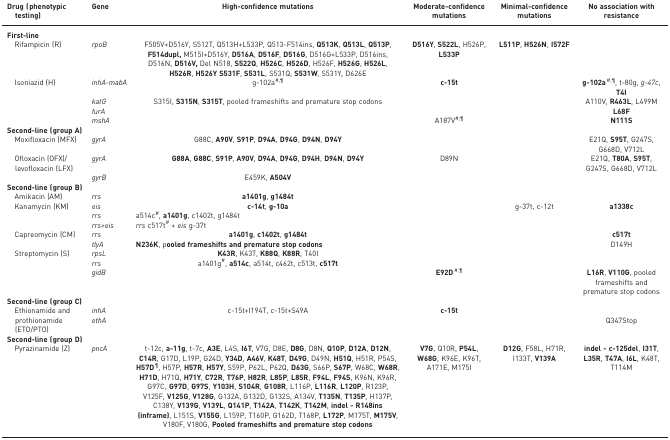
<table><thead><tr><td><b>Drug (phenotypic testing)</b></td><td><b>Gene</b></td><td><b>High-confidence mutations</b></td><td><b>Moderate-confidence mutations</b></td><td><b>Minimal-confidence mutations</b></td><td><b>No association with resistance</b></td></tr></thead><tbody><tr><td><b>First-line</b></td><td><i> </i></td><td></td><td></td><td></td><td></td></tr><tr><td> Rifampicin (R)</td><td><i>rpoB</i></td><td>F505V+D516Y, S512T, Q513H+L533P, Q513-F514ins, <b>Q513K</b>, <b>Q513L</b>, <b>Q513P</b>, <b>F514dupl,</b> M515I+D516Y, <b>D516A</b>, <b>D516F</b>, <b>D516G</b>, D516G+L533P, D516ins, D516N, <b>D516V,</b> Del N518, <b>S522Q</b>, <b>H526C</b>, <b>H526D</b>, H526F, <b>H526G</b>, <b>H526L</b>, <b>H526R</b>, <b>H526Y S531F</b>, <b>S531L</b>, S531Q, <b>S531W</b>, S531Y, D626E</td><td><b>D516Y</b>, <b>S522L</b>, H526P, <b>L533P</b></td><td><b>L511P</b>, <b>H526N</b>, <b>I572F</b></td><td></td></tr><tr><td> Isoniazid (H)</td><td><i>inhA-mabA</i></td><td>g-102a<sup>#,¶</sup></td><td><b>c-15t</b></td><td></td><td><b>g-102a</b><sup>#,¶</sup>, t-80g, <i>g-47c</i>, <b>T4I</b></td></tr><tr><td></td><td><i>katG</i></td><td>S315I, <b>S315N</b>, <b>S315T</b>, pooled frameshifts and premature stop codons</td><td></td><td></td><td>A110V, <b>R463L</b>, L499M</td></tr><tr><td></td><td><i>furA</i></td><td></td><td></td><td></td><td><b>L68F</b></td></tr><tr><td></td><td><i>mshA</i></td><td></td><td>A187V<sup>#,¶</sup></td><td></td><td><b>N111S</b></td></tr><tr><td><b>Second-line (group A)</b></td><td><i> </i></td><td></td><td></td><td></td><td></td></tr><tr><td> Moxifloxacin (MFX)</td><td><i>gyrA</i></td><td>G88C, <b>A90V</b>, <b>S91P</b>, <b>D94A</b>, <b>D94G</b>, <b>D94N</b>, <b>D94Y</b></td><td></td><td></td><td>E21Q, <b>S95T</b>, G247S, G668D, V712L</td></tr><tr><td rowspan="2"> Ofloxacin (OFX)/levofloxacin (LFX)</td><td><i>gyrA</i></td><td><b>G88A</b>, <b>G88C</b>, <b>S91P</b>, <b>A90V</b>, <b>D94A</b>, <b>D94G</b>, <b>D94H</b>, <b>D94N</b>, <b>D94Y</b></td><td>D89N</td><td></td><td>E21Q, <b>T80A</b>, <b>S95T</b>, G247S, G668D, V712L</td></tr><tr><td><i>gyrB</i></td><td>E459K, <b>A504V</b></td><td></td><td></td><td></td></tr><tr><td><b>Second-line (group B)</b></td><td><i> </i></td><td></td><td></td><td></td><td></td></tr><tr><td> Amikacin (AM)</td><td><i>rrs</i></td><td><b>a1401g</b>, <b>g1484t</b></td><td></td><td></td><td></td></tr><tr><td rowspan="3"> Kanamycin (KM)</td><td><i>eis</i></td><td><b>c-14t</b>, <b>g-10a</b></td><td></td><td>g-37t, c-12t</td><td><b>a1338c</b></td></tr><tr><td><i>rrs</i></td><td>a514c<sup>#</sup>, <b>a1401g</b>, c1402t, g1484t</td><td></td><td></td><td></td></tr><tr><td><i>rrs+eis</i></td><td><i>rrs</i> c517t<sup>#</sup> + <i>eis</i> g-37t</td><td></td><td></td><td></td></tr><tr><td rowspan="2"> Capreomycin (CM)</td><td><i>rrs</i></td><td><b>a1401g</b>, <b>c1402t</b>, <b>g1484t</b></td><td></td><td></td><td><b>c517t</b></td></tr><tr><td><i>tlyA</i></td><td><b>N236K</b>, p<b>ooled frameshifts and premature stop codons</b></td><td></td><td></td><td>D149H</td></tr><tr><td> Streptomycin (S)</td><td><i>rpsL</i></td><td><b>K43R</b>, K43T, <b>K88Q</b>, <b>K88R</b>, T40I</td><td></td><td></td><td></td></tr><tr><td></td><td><i>rrs</i></td><td>a1401g<sup>#</sup>, <b>a514c</b>, a514t, c462t, c513t, <b>c517t</b></td><td></td><td></td><td></td></tr><tr><td></td><td><i>gidB</i></td><td></td><td><b>E92D</b><sup>#,¶</sup></td><td></td><td><b>L16R</b>, <b>V110G</b>, pooled frameshifts and premature stop codons</td></tr><tr><td><b>Second-line (group C)</b></td><td><i> </i></td><td></td><td></td><td></td><td></td></tr><tr><td rowspan="2"> Ethionamide and prothionamide (ETO/PTO) </td><td><i>inhA</i></td><td>c-15t+I194T, c-15t+S49A</td><td><b>c-15t</b></td><td></td><td></td></tr><tr><td><i>ethA</i></td><td></td><td></td><td></td><td>Q347Stop</td></tr><tr><td><b>Second-line (group D)</b></td><td><i> </i></td><td></td><td></td><td></td><td></td></tr><tr><td> Pyrazinamide (Z)</td><td><i>pncA</i></td><td>t-12c, <b>a-11g</b>, t-7c, <b>A3E</b>, L4S, <b>I6T</b>, V7G, D8E, <b>D8G</b>, D8N, <b>Q10P</b>, <b>D12A</b>, <b>D12N</b>, <b>C14R</b>, G17D, L19P, G24D, <b>Y34D</b>, <b>A46V</b>, <b>K48T</b>, <b>D49G</b>, D49N, <b>H51Q</b>, H51R, P54S, <b>H57D</b><sup>¶</sup>, H57P, <b>H57R</b>, <b>H57Y</b>, S59P, P62L, P62Q, <b>D63G</b>, S66P, <b>S67P</b>, W68C, <b>W68R</b>, <b>H71D</b>, H71Q, <b>H71Y</b>, <b>C72R</b>, <b>T76P</b>, <b>H82R</b>, <b>L85P</b>, <b>L85R</b>, <b>F94L</b>, <b>F94S</b>, K96N, K96R, G97C, <b>G97D</b>, <b>G97S</b>, <b>Y103H</b>, <b>S104R</b>, <b>G108R</b>, L116P, <b>L116R</b>, <b>L120P</b>, R123P, V125F, <b>V125G</b>, <b>V128G</b>, G132A, G132D, G132S, A134V, <b>T135N</b>, <b>T135P</b>, H137P, C138Y, <b>V139G</b>, <b>V139L</b>, <b>Q141P</b>, <b>T142A</b>, <b>T142K</b>, <b>T142M</b>, <b>indel - R148ins (inframe)</b>, L151S, <b>V155G</b>, L159P, T160P, G162D, T168P, <b>L172P</b>, M175T, <b>M175V</b>, V180F, V180G, <b>Pooled frameshifts and premature stop codons</b></td><td><b>V7G</b>, Q10R, <b>P54L</b>, <b>W68G</b>, K96E, K96T, A171E, M175I</td><td><b>D12G</b>, F58L, H71R, I133T, <b>V139A</b></td><td><b>indel - c-125del</b>, <b>I31T</b>, <b>L35R</b>, <b>T47A</b>, <b>I6L</b>, K48T, T114M</td></tr></tbody></table>